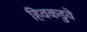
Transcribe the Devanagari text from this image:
हिवकडुवे